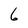
Character: 6